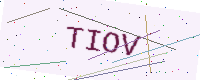
Text: TIOV